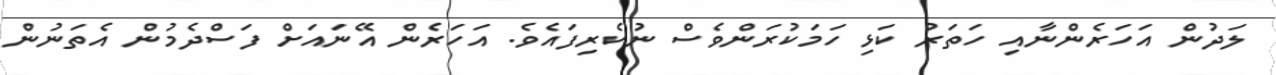
ލަދުން އަހަރެންނާއި ހަތަރު ކަޅި ހަމަކުރަންވެސް ނުކެރިފައެވެ. އަހަރެން އޭނައަށް ފަސްދެމުން އެތަނުން